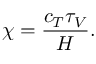
\chi = \frac { c _ { T } \tau _ { V } } { H } .